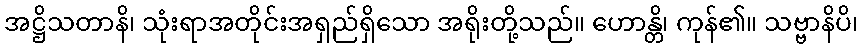
အဋ္ဌိသတာနိ၊ သုံးရာအတိုင်းအရှည်ရှိသော အရိုးတို့သည်။ ဟောန္တိ၊ ကုန်၏။ သဗ္ဗာနိပိ၊